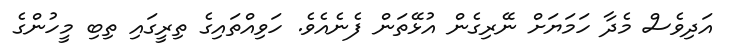
އަދިވެސް މެދާ ހަމަޔަށް ނޭރިގެން އުޅޭތަން ފެނެއެވެ. ހަވިއްތައިގެ ތިރީގައި ތިބި މީހުންގެ